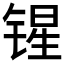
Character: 𰾝